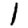
Digit: 1